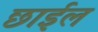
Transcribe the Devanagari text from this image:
छार्इल